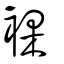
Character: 𧝹